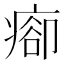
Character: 𤷽